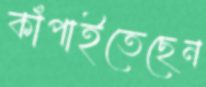
কাঁপাইতেছেন